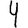
Digit: 4